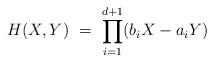
LaTeX: \begin{align*} H(X,Y) \ = \ \prod_{i=1}^{d+1} (b_i X - a_i Y) \end{align*}